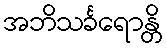
အဘိသင်္ခရောန္တိ